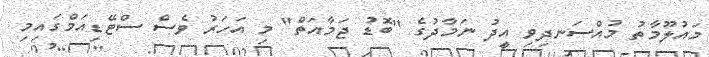
މައުލޫމާތު މުއްސަނދިވި އީދު ނަމާދުގެ "ބޮޑު ޖަމާއަތް" މި އަަހަރު ވެސް ސްޓޭޑިއަމްގައިމި